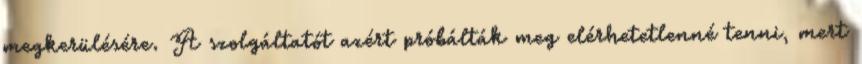
megkerülésére. A szolgáltatót azért próbálták meg elérhetetlenné tenni, mert